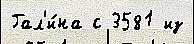
Гал'и́на с 3581 из